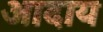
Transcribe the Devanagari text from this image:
आदाय